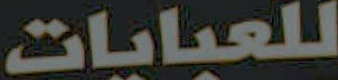
للعبايات